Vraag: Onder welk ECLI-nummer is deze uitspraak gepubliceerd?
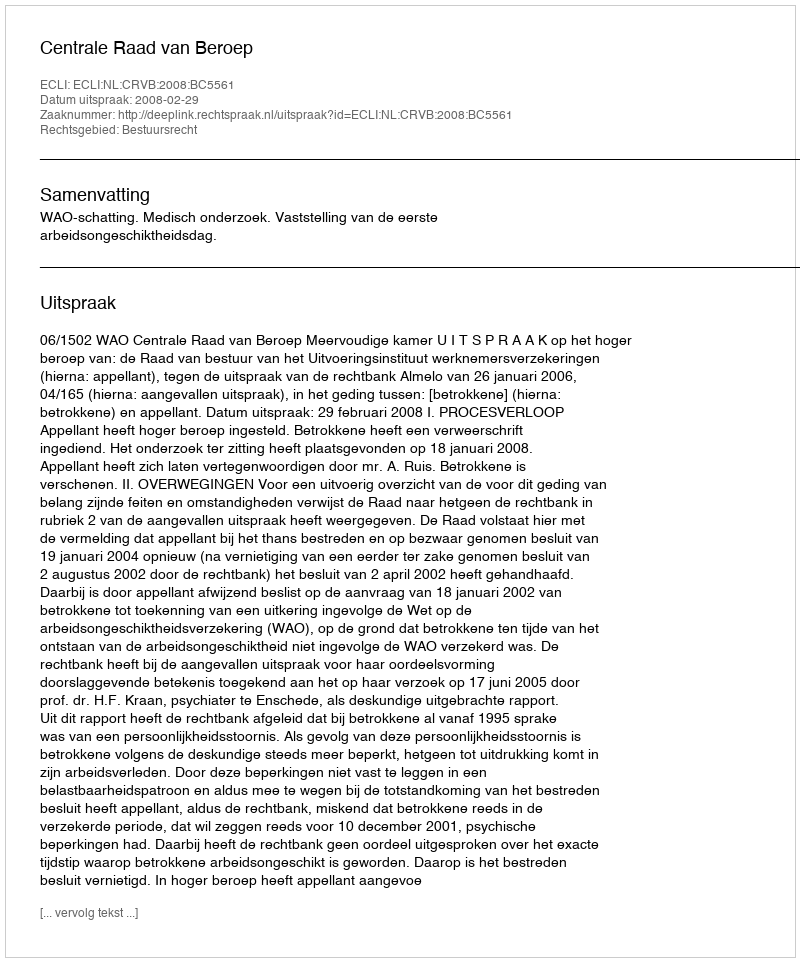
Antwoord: ECLI:NL:CRVB:2008:BC5561